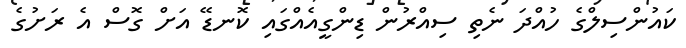
ކައުންސިލްގެ ހުއްދަ ނެތި ސިއްރުން ޑިންގީއެއްގައި ކޮނޑޭ އަށް ގޮސް އެ ރަށުގެ